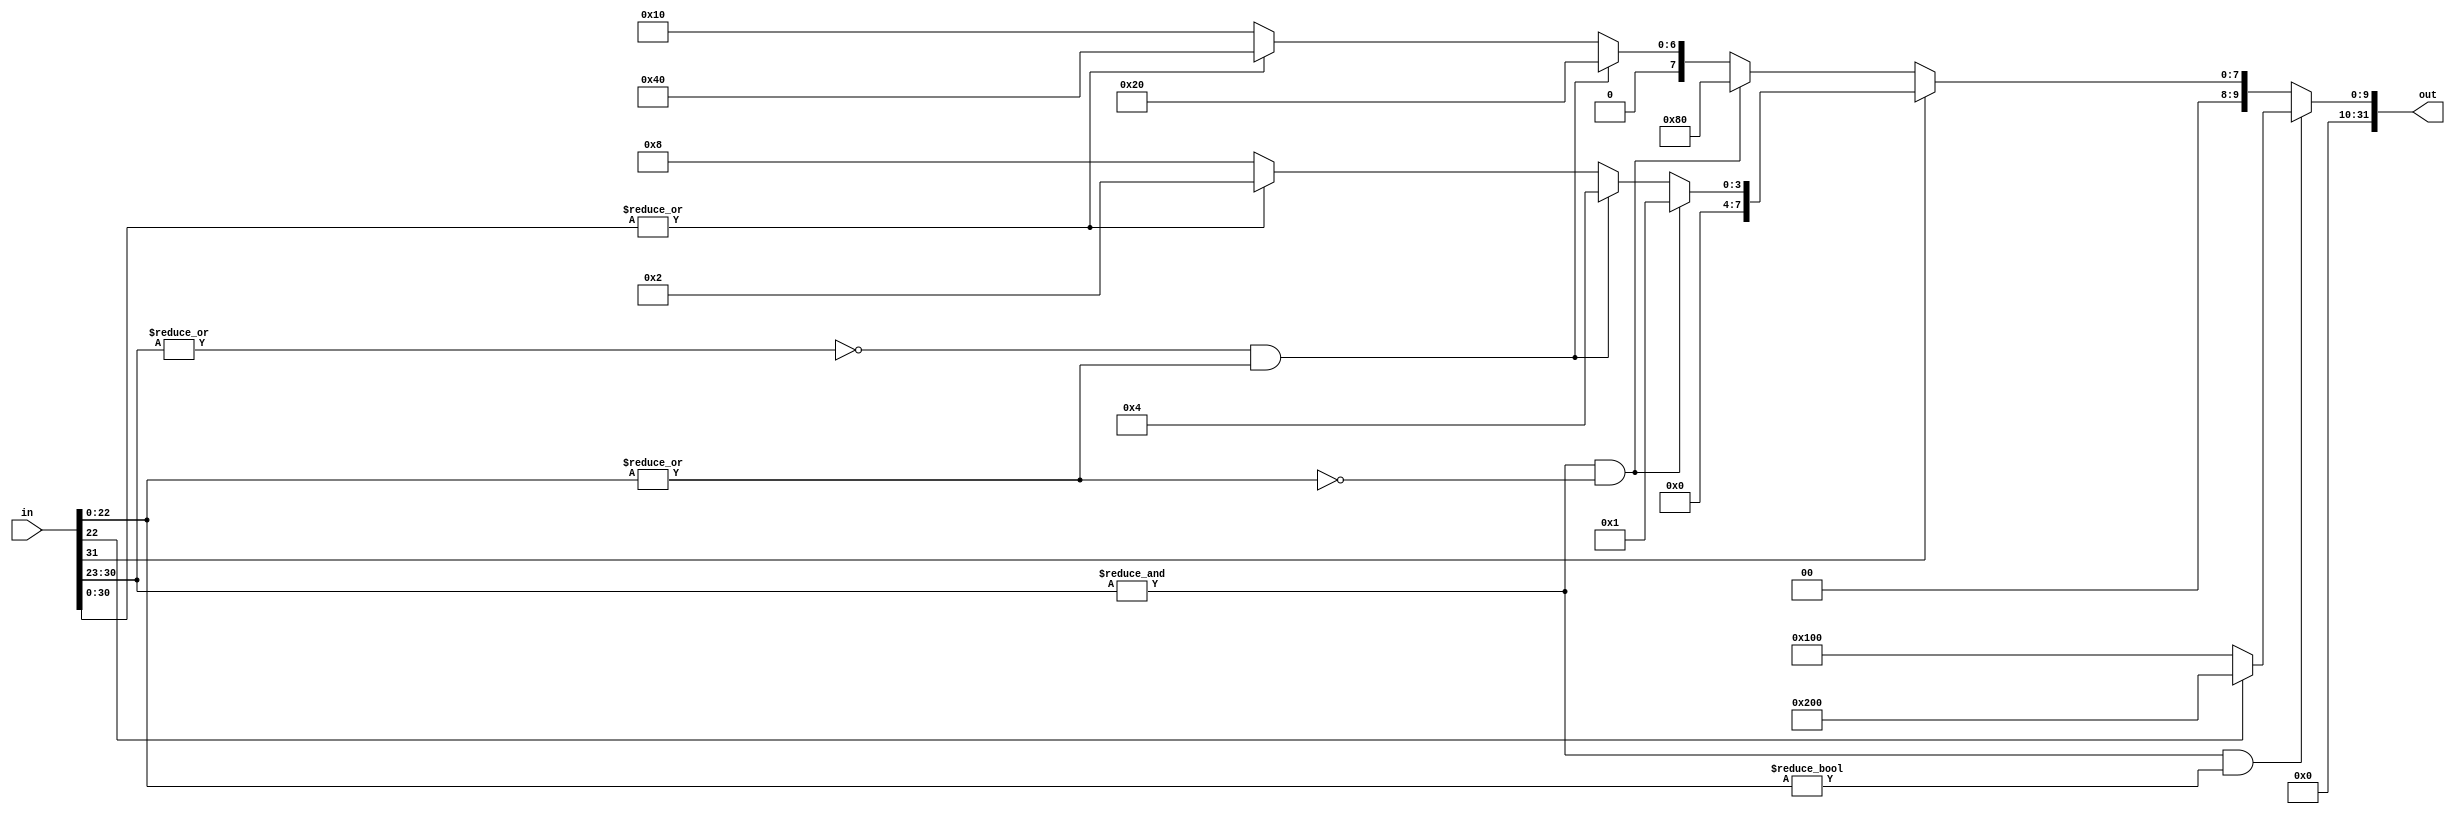
`timescale 1ns / 1ps
//////////////////////////////////////////////////////////////////////////////////
// Company: 
// Engineer: 
// 
// Design Name: 
// Module Name: check_type
// Project Name: 
// Target Devices: 
// Tool Versions: 
// Description: 
// 
// Dependencies: 
// 
// Revision:
// Revision 0.01 - File Created
// Additional Comments:
// 
//////////////////////////////////////////////////////////////////////////////////


module check_type(in,out);
    input [31:0] in;
    output reg[31:0] out;
    wire [7:0] exp;
    wire [22:0] mantissa;
    wire flag;
    wire informal,inf,zero,nan;
    assign exp = in[30:23];
    assign mantissa = in[22:0];
    assign flag = in[31];
    assign informal = (~(|in[30:23])) & (|in[22:0]); // 
    assign inf = (&in[30:23]) & (~(|in[22:0])); //1inf
    assign zero = (~(|in[30:0])); //00
    assign nan = (&in[30:23]) & (in[22:0] != 23'd0); //1
    
    always @(*)begin
        if(nan == 1'b1) begin
            if(in[22] == 1'b1) out = 32'd512;
            else out = 32'd256;
        end
        else if(flag == 1'b1) begin
            if(inf == 1'b1) out = 32'd1;
            else if(informal == 1'b1) out = 32'd4;
            else if(zero == 1'b1) out = 32'd8;
            else out = 32'd2;
        end
        else begin
            if(inf == 1'b1) out = 32'd128;
            else if(informal == 1'b1) out = 32'd32;
            else if(zero == 1'b1) out = 32'd16;
            else out = 32'd64;
        end
    end
    
endmodule